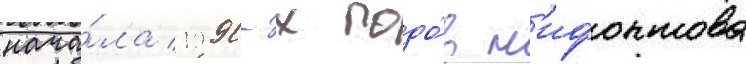
нача́ла 1990-х годо́в н'ифонтова